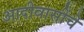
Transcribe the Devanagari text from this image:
आदीवासींचे